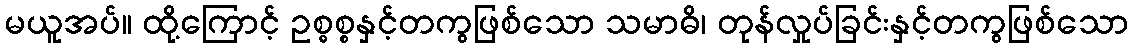
မယူအပ်။ ထို့ကြောင့် ဥစ္ဓစ္စနှင့်တကွဖြစ်သော သမာဓိ၊ တုန်လှုပ်ခြင်းနှင့်တကွဖြစ်သော